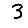
Digit: 3